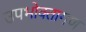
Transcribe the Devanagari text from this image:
उपभोक्तागण